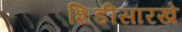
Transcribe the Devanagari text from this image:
शिडीसारखे